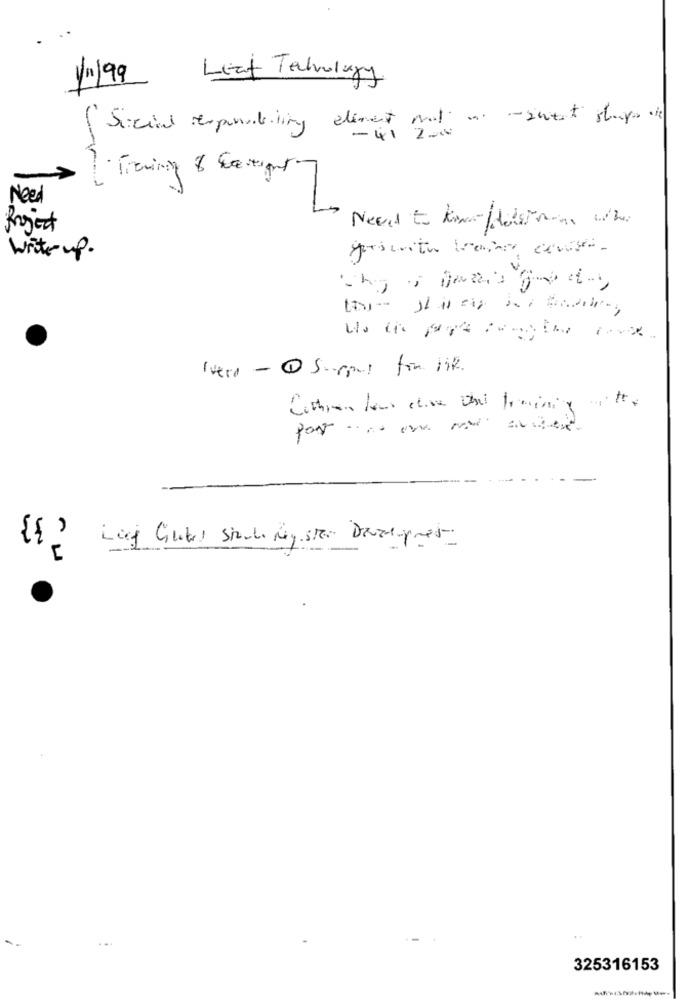
11/99
- Leaf Technology
(Social responsibility element mal a -sweat shops at
-41 200
Trening & festiger
Need
Need to Know-feltman who
write up.
Ivera - 1 Surpus for life.
por .... - aged
325316153